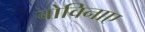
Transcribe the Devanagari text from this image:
बोविनाए